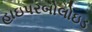
હાઇપરબોલોઇડ